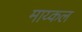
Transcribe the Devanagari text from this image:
माय्कल